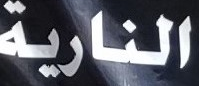
النارية